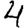
Digit: 4